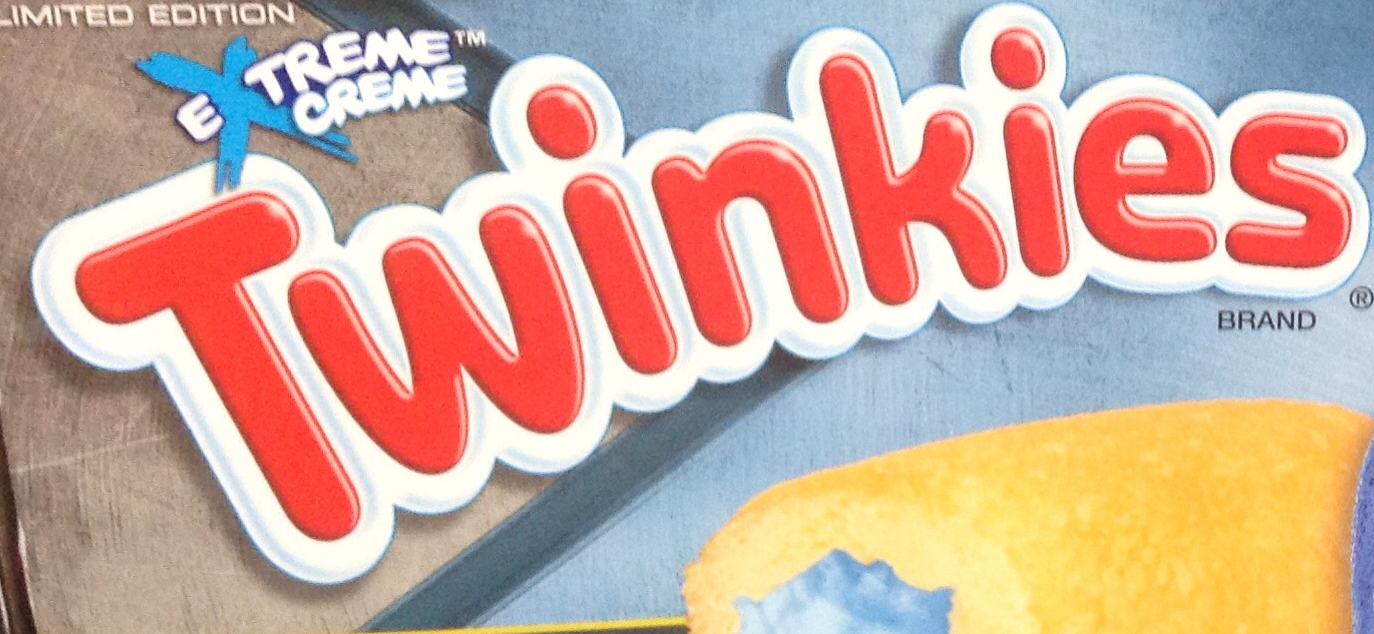
Twinkies